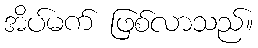
အိပ်မက် ဖြစ်လာသည်။